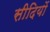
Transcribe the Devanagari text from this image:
सीदियों